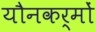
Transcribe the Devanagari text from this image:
यौनकर्मों